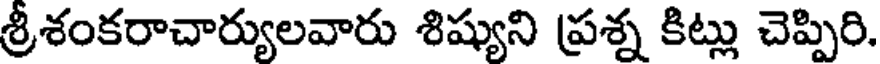
శ్రీశంకరాచార్యులవారు శిష్యుని ప్రశ్న కిట్లు చెప్పిరి.